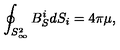
\oint _ { S _ { \infty } ^ { 2 } } B _ { S } ^ { i } d S _ { i } = 4 \pi \mu ,